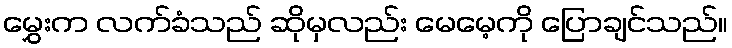
မွှေးက လက်ခံသည် ဆိုမှလည်း မေမေ့ကို ပြောချင်သည်။